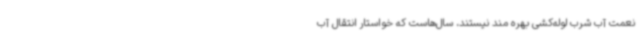
نعمت آب شرب لوله‌کشی بهره مند نیستند، سال‌هاست که خواستار انتقال آب